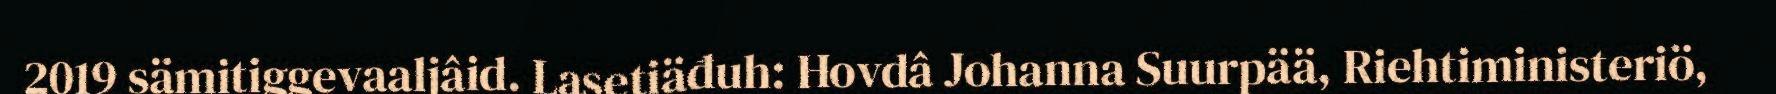
2019 sämitiggevaaljâid. Lasetiäđuh: Hovdâ Johanna Suurpää, Riehtiministeriö,